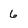
Character: 6